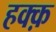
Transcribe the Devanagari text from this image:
हक्क़